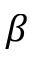
\beta